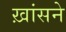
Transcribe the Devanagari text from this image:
ख़ांसने